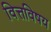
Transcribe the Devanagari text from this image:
वित्तविषय